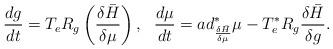
LaTeX: \begin{align*}\frac{dg}{dt}=T_{e}R_{g}\left( \frac{\delta \bar{H}}{\delta \mu}\right) ,\ \ \frac{d\mu }{dt}=ad_{\frac{\delta\bar{H}}{\delta \mu }}^{\ast }\mu -T_{e}^{\ast }R_{g}\frac{\delta\bar{H}}{\delta g}. \end{align*}